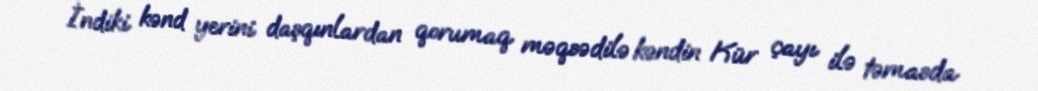
İndiki kənd yerini daşqınlardan qorumaq məqsədilə kəndin Kür çayı ilə təmasda